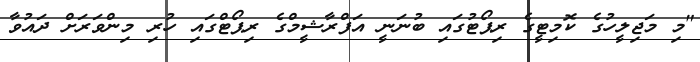
"މި މަޖިލީހުގެ ކޮމިޓީގެ ރިޕޯޓުގައި ބުނަނީ އަފްރާޝީމްގެ ރިޕޯޓްގައި ހުރި މިންވަރަށް ދައުވާ